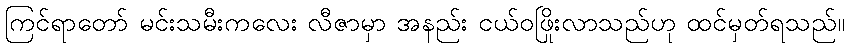
ကြင်ရာတော် မင်းသမီးကလေး လီဇာမှာ အနည်း ငယ်ဝဖြိုးလာသည်ဟု ထင်မှတ်ရသည်။